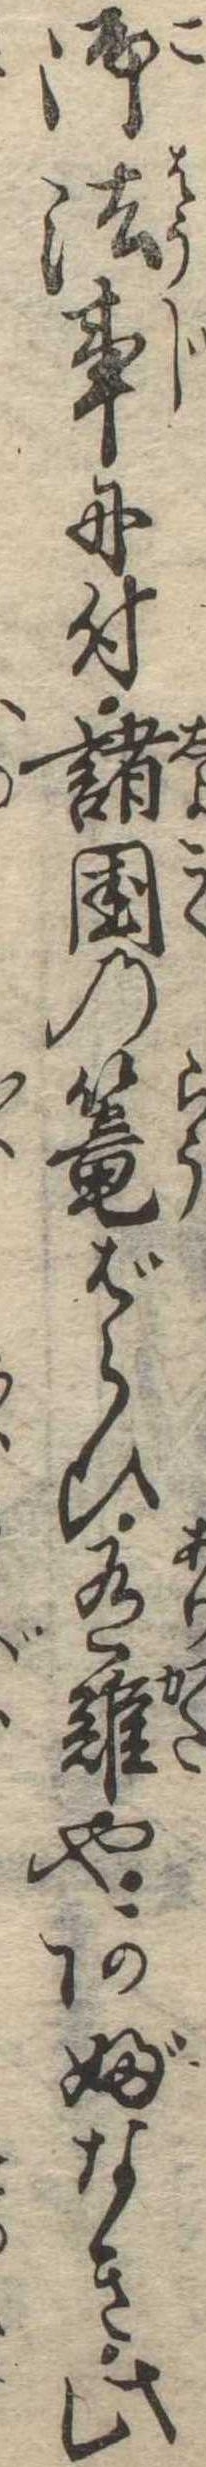
御法事に付諸国の篭ばらひ有難やあぶなき此